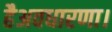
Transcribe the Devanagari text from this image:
हैअवधारणा।